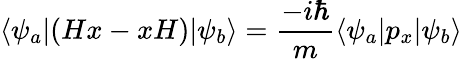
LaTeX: \langle\psi_{a}|(Hx-xH)|\psi_{b}\rangle={\frac{-i\hbar}{m}}\langle\psi_{a}|p_{x}|\psi_{b}\rangle